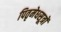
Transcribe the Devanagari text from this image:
पितृमेधसूत्रों